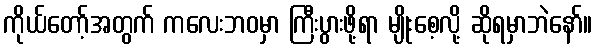
ကိုယ်တော့်အတွက် ကလေးဘဝမှာ ကြီးပွားဖို့ရာ မျိုးစေ့လို့ ဆိုရမှာဘဲနော်။